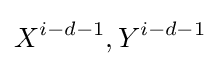
X^{i-d-1},Y^{i-d-1}